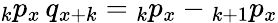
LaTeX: {}_{k}p_{x}\, q_{x+k}={}_{k}p_{x}-{}_{k+1}p_{x}